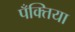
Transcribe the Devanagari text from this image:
पँक्तिया